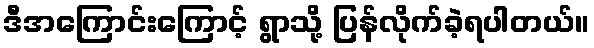
ဒီအကြောင်းကြောင့် ရွာသို့ ပြန်လိုက်ခဲ့ရပါတယ်။